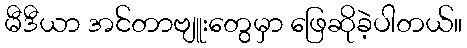
မီဒီယာ အင်တာဗျူးတွေမှာ ဖြေဆိုခဲ့ပါတယ်။